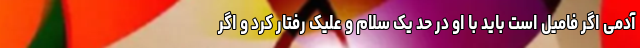
آدمی اگر فامیل است باید با او در حد یک سلام و علیک رفتار کرد و اگر